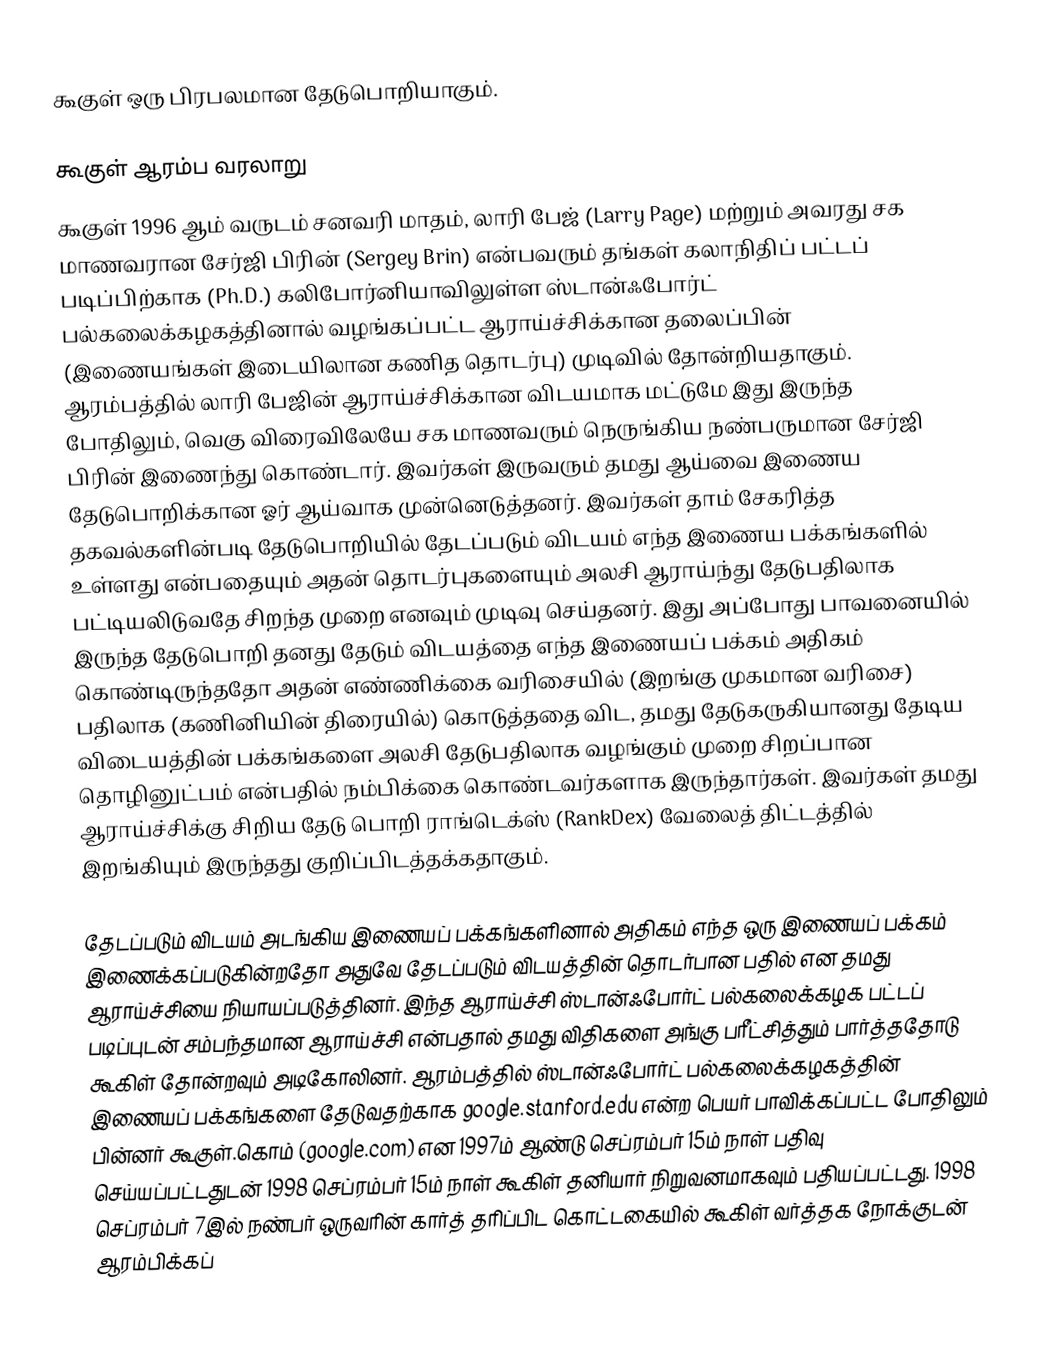
கூகுள் ஒரு பிரபலமான தேடுபொறியாகும்.

கூகுள் ஆரம்ப வரலாறு
கூகுள் 1996 ஆம் வருடம் சனவரி மாதம், லாரி பேஜ் (Larry Page) மற்றும் அவரது சக மாணவரான சேர்ஜி பிரின் (Sergey Brin) என்பவரும் தங்கள் கலாநிதிப் பட்டப் படிப்பிற்காக (Ph.D.) கலிபோர்னியாவிலுள்ள ஸ்டான்ஃபோர்ட் பல்கலைக்கழகத்தினால் வழங்கப்பட்ட ஆராய்ச்சிக்கான தலைப்பின் (இணையங்கள் இடையிலான கணித தொடர்பு) முடிவில் தோன்றியதாகும். ஆரம்பத்தில் லாரி பேஜின் ஆராய்ச்சிக்கான விடயமாக மட்டுமே இது இருந்த போதிலும், வெகு விரைவிலேயே சக மாணவரும் நெருங்கிய நண்பருமான சேர்ஜி பிரின் இணைந்து கொண்டார். இவர்கள் இருவரும் தமது ஆய்வை இணைய தேடுபொறிக்கான ஓர் ஆய்வாக முன்னெடுத்தனர். இவர்கள் தாம் சேகரித்த தகவல்களின்படி தேடுபொறியில் தேடப்படும் விடயம் எந்த இணைய பக்கங்களில் உள்ளது என்பதையும் அதன் தொடர்புகளையும் அலசி ஆராய்ந்து தேடுபதிலாக பட்டியலிடுவதே சிறந்த முறை எனவும் முடிவு செய்தனர். இது அப்போது பாவனையில் இருந்த தேடுபொறி தனது தேடும் விடயத்தை எந்த இணையப் பக்கம் அதிகம் கொண்டிருந்ததோ அதன் எண்ணிக்கை வரிசையில் (இறங்கு முகமான வரிசை) பதிலாக (கணினியின் திரையில்) கொடுத்ததை விட, தமது தேடுகருகியானது தேடிய விடையத்தின் பக்கங்களை அலசி தேடுபதிலாக வழங்கும் முறை சிறப்பான தொழினுட்பம் என்பதில் நம்பிக்கை கொண்டவர்களாக இருந்தார்கள். இவர்கள் தமது ஆராய்ச்சிக்கு  சிறிய தேடு பொறி ராங்டெக்ஸ் (RankDex) வேலைத் திட்டத்தில் இறங்கியும் இருந்தது குறிப்பிடத்தக்கதாகும்.

தேடப்படும் விடயம் அடங்கிய இணையப் பக்கங்களினால் அதிகம் எந்த ஒரு இணையப் பக்கம் இணைக்கப்படுகின்றதோ அதுவே தேடப்படும் விடயத்தின் தொடர்பான பதில் என தமது ஆராய்ச்சியை நியாயப்படுத்தினர். இந்த ஆராய்ச்சி ஸ்டான்ஃபோர்ட் பல்கலைக்கழக பட்டப் படிப்புடன் சம்பந்தமான ஆராய்ச்சி என்பதால் தமது விதிகளை அங்கு பரீட்சித்தும் பார்த்ததோடு கூகிள் தோன்றவும் அடிகோலினர். ஆரம்பத்தில் ஸ்டான்ஃபோர்ட் பல்கலைக்கழகத்தின் இணையப் பக்கங்களை தேடுவதற்காக google.stanford.edu என்ற பெயர் பாவிக்கப்பட்ட போதிலும் பின்னர் கூகுள்.கொம் (google.com) என 1997ம் ஆண்டு செப்ரம்பர் 15ம் நாள் பதிவு செய்யப்பட்டதுடன் 1998 செப்ரம்பர் 15ம் நாள் கூகிள் தனியார் நிறுவனமாகவும் பதியப்பட்டது. 1998 செப்ரம்பர் 7இல் நண்பர் ஒருவரின் கார்த் தரிப்பிட கொட்டகையில் கூகிள் வர்த்தக நோக்குடன் ஆரம்பிக்கப்